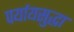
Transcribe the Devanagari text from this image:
पर्यायसुद्धा